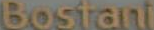
Bostant